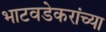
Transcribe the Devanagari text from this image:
भाटवडेकरांच्या